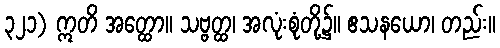
၃၂၁) ဣတိ အတ္ထော။ သဗ္ဗတ္ထ၊ အလုံးစုံတို့၌။ ဧသနယော၊ တည်း။